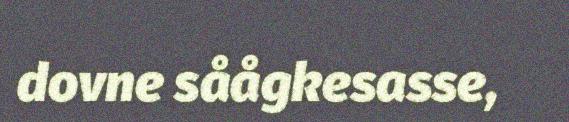
dovne såågkesasse,